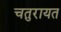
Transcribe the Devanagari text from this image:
चतुरायत